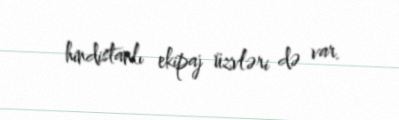
hindistanlı ekipaj üzvləri də var.